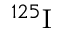
{ } ^ { 1 2 5 } \mathrm { I }